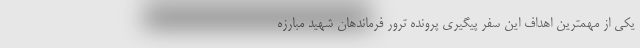
یکی از مهمترین اهداف این سفر پیگیری پرونده ترور فرماندهان شهید مبارزه